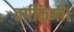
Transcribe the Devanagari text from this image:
वर्गकिमी।